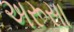
અરૂસા